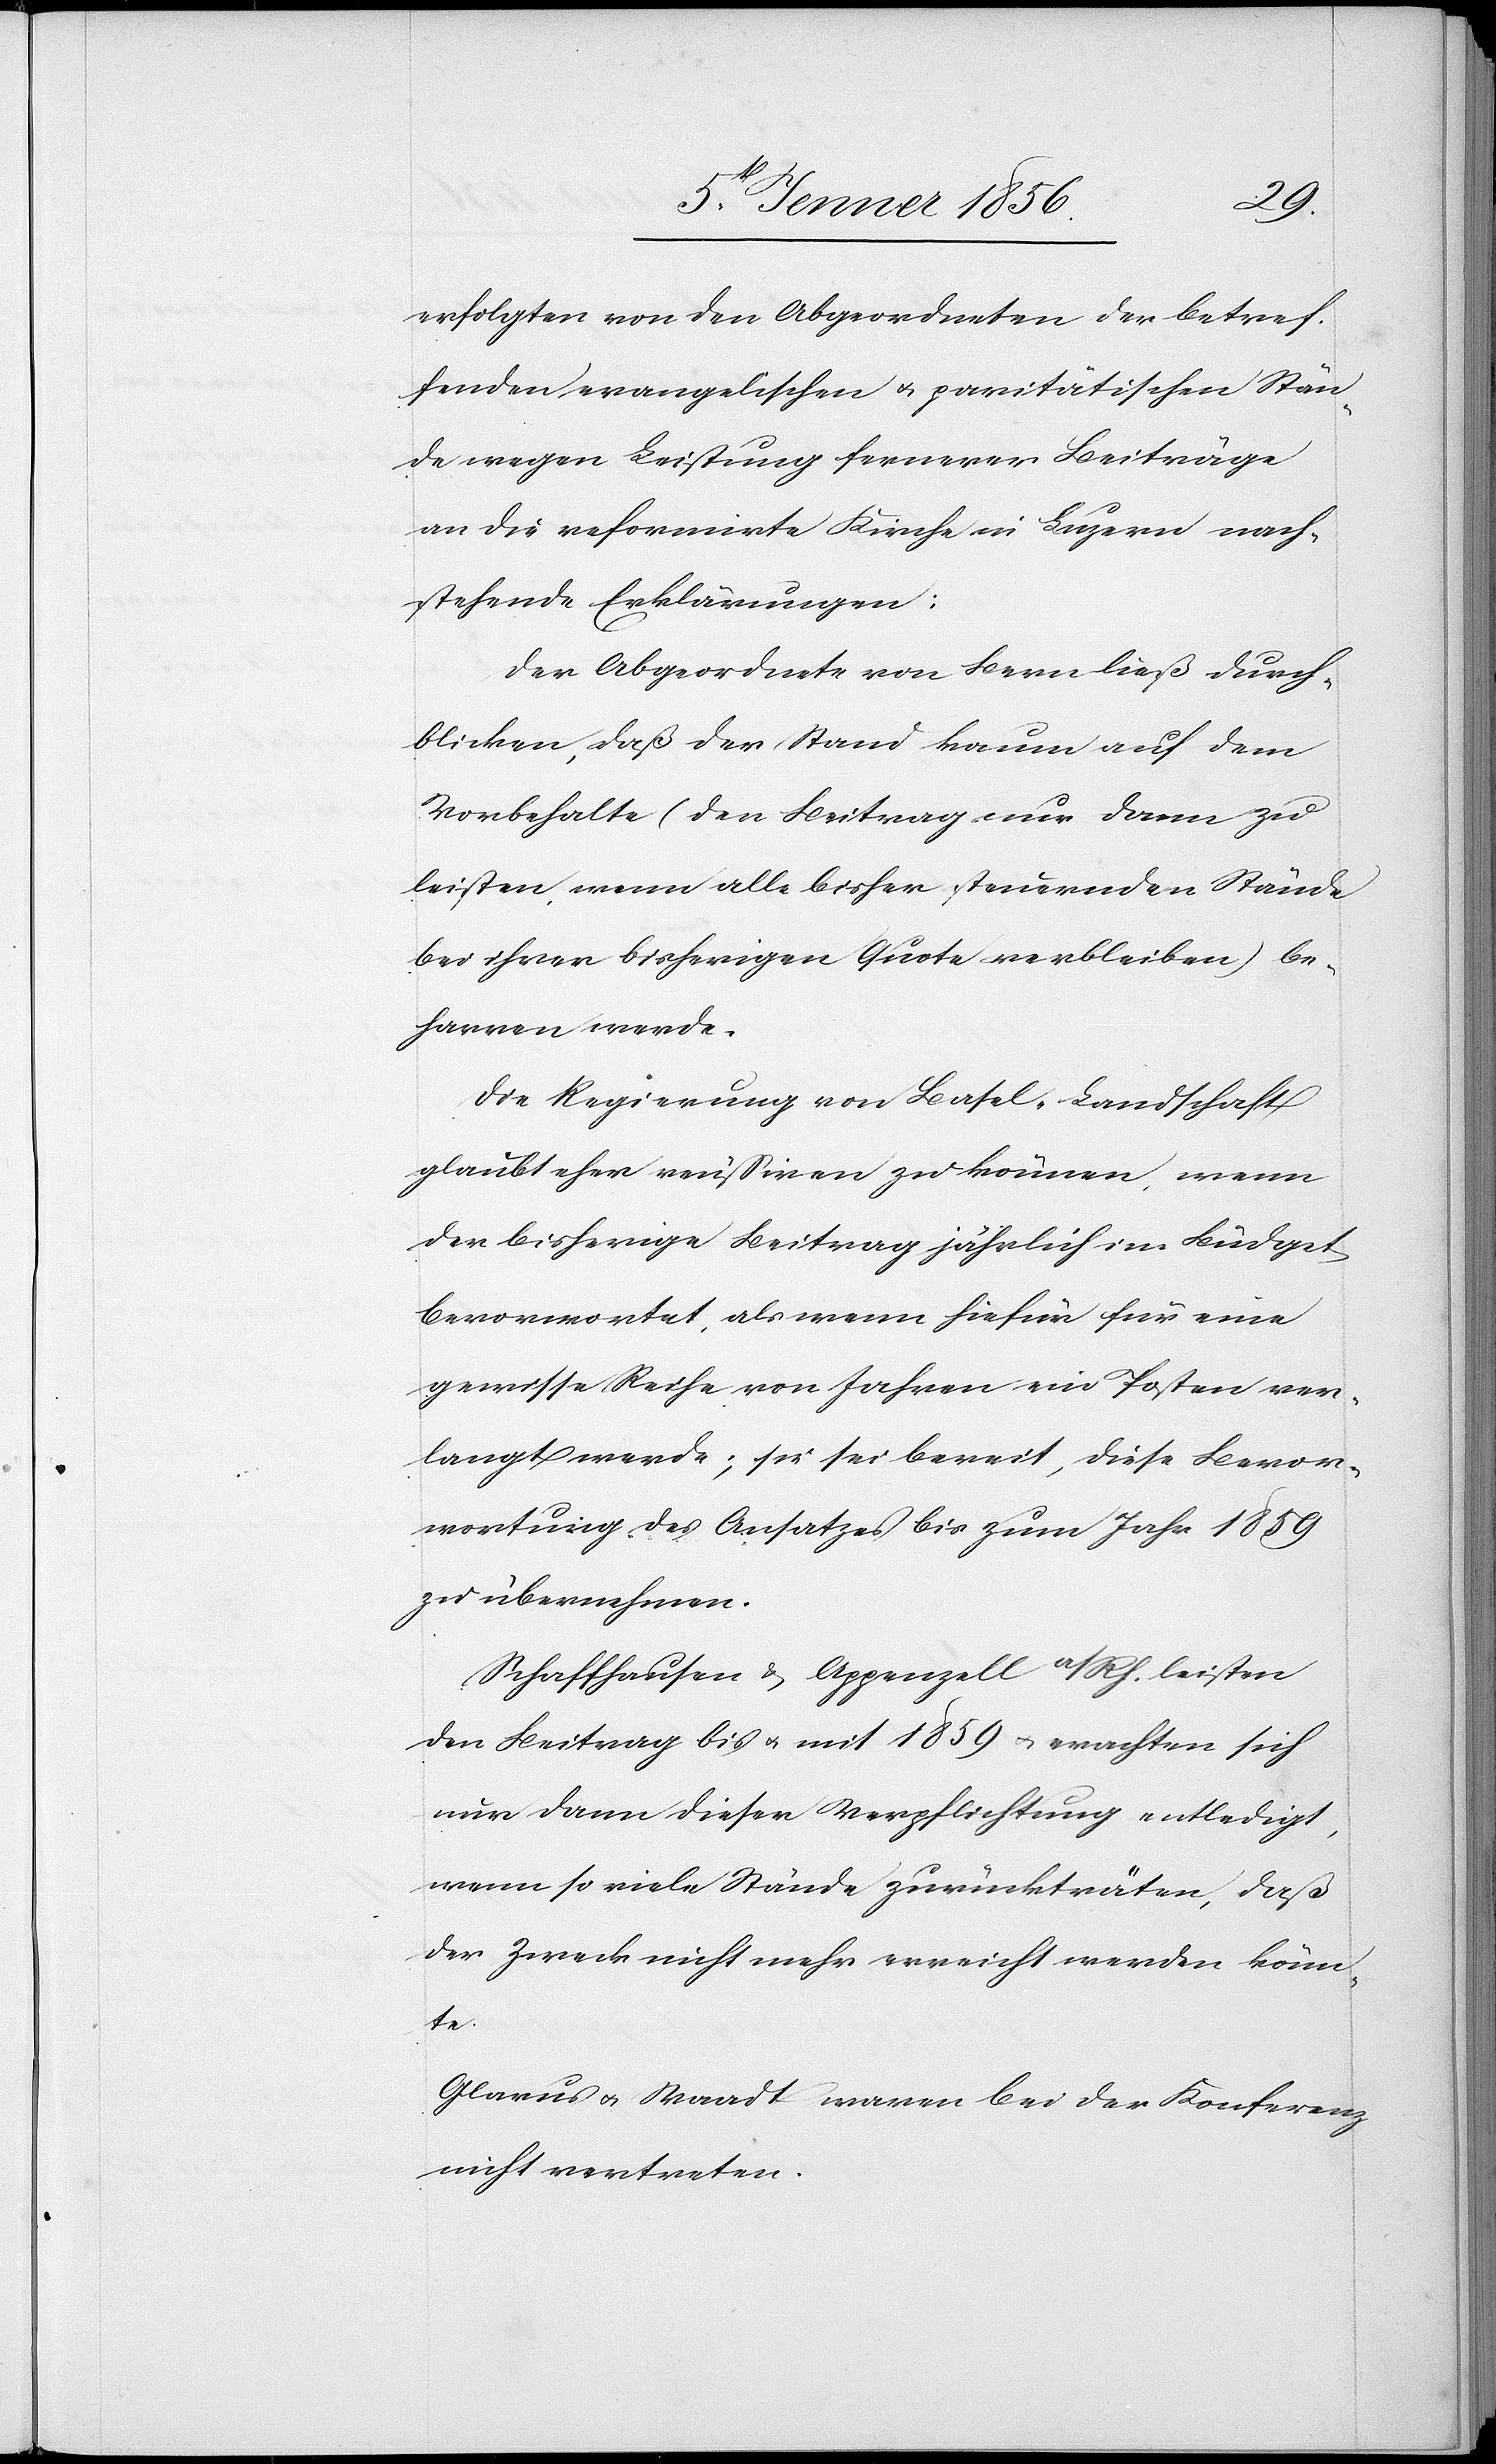
erfolgten von den Abgeordneten der betref¬
fenden evangelischen u. paritätischen Stän¬
de wegen Leistung fernerer Beiträge
an die reformirte Kirche in Luzern nach¬
stehende Erklärungen:
Der Abgeordnete von Bern ließ durch¬
blicken, daß der Stand kaum auf dem
Vorbehalte (den Beitrag nur dann zu
leisten, wenn alle bisher steuernden Stände
bei ihrer bisherigen Quote verbleiben) be¬
harren werde.
Die Regierung von Basel-Landschaft
glaubt eher reüssiren zu können, wenn
der bisherige Beitrag jährlich im Büdget
bevorwortet, als wenn hiefür für eine
gewisse Reihe von Jahren ein Posten ver¬
langt werde; sie sei bereit, diese Bevor¬
wortung des Ansatzes bis zum Jahr 1859
zu übernehmen.
Schaffhausen & Appenzell a/Rh. leisten
den Beitrag bis u. mit 1859 u. erachten sich
nur dann dieser Verpflichtung entledigt,
wenn so viele Stände zurückträten, daß
der Zweck nicht mehr erreicht werden könn¬
te.
Glarus u. Waadt waren bei der Konferenz
nicht vertreten.